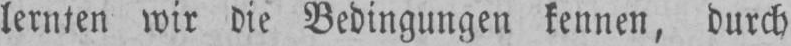
lernten wir die Bedingungen kennen, durch